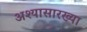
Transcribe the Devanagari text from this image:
अश्यासारख्या